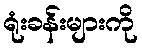
ရုံးခန်းများကို